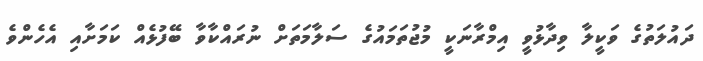
ދައުލަތުގެ ވަކީލާ ވިދާޅުވީ އިމްރާނަކީ މުޖުތަމައުގެ ސަލާމަތަށް ނުރައްކާވާ ބޭފުޅެއް ކަމަށާއި އެހެންވެ